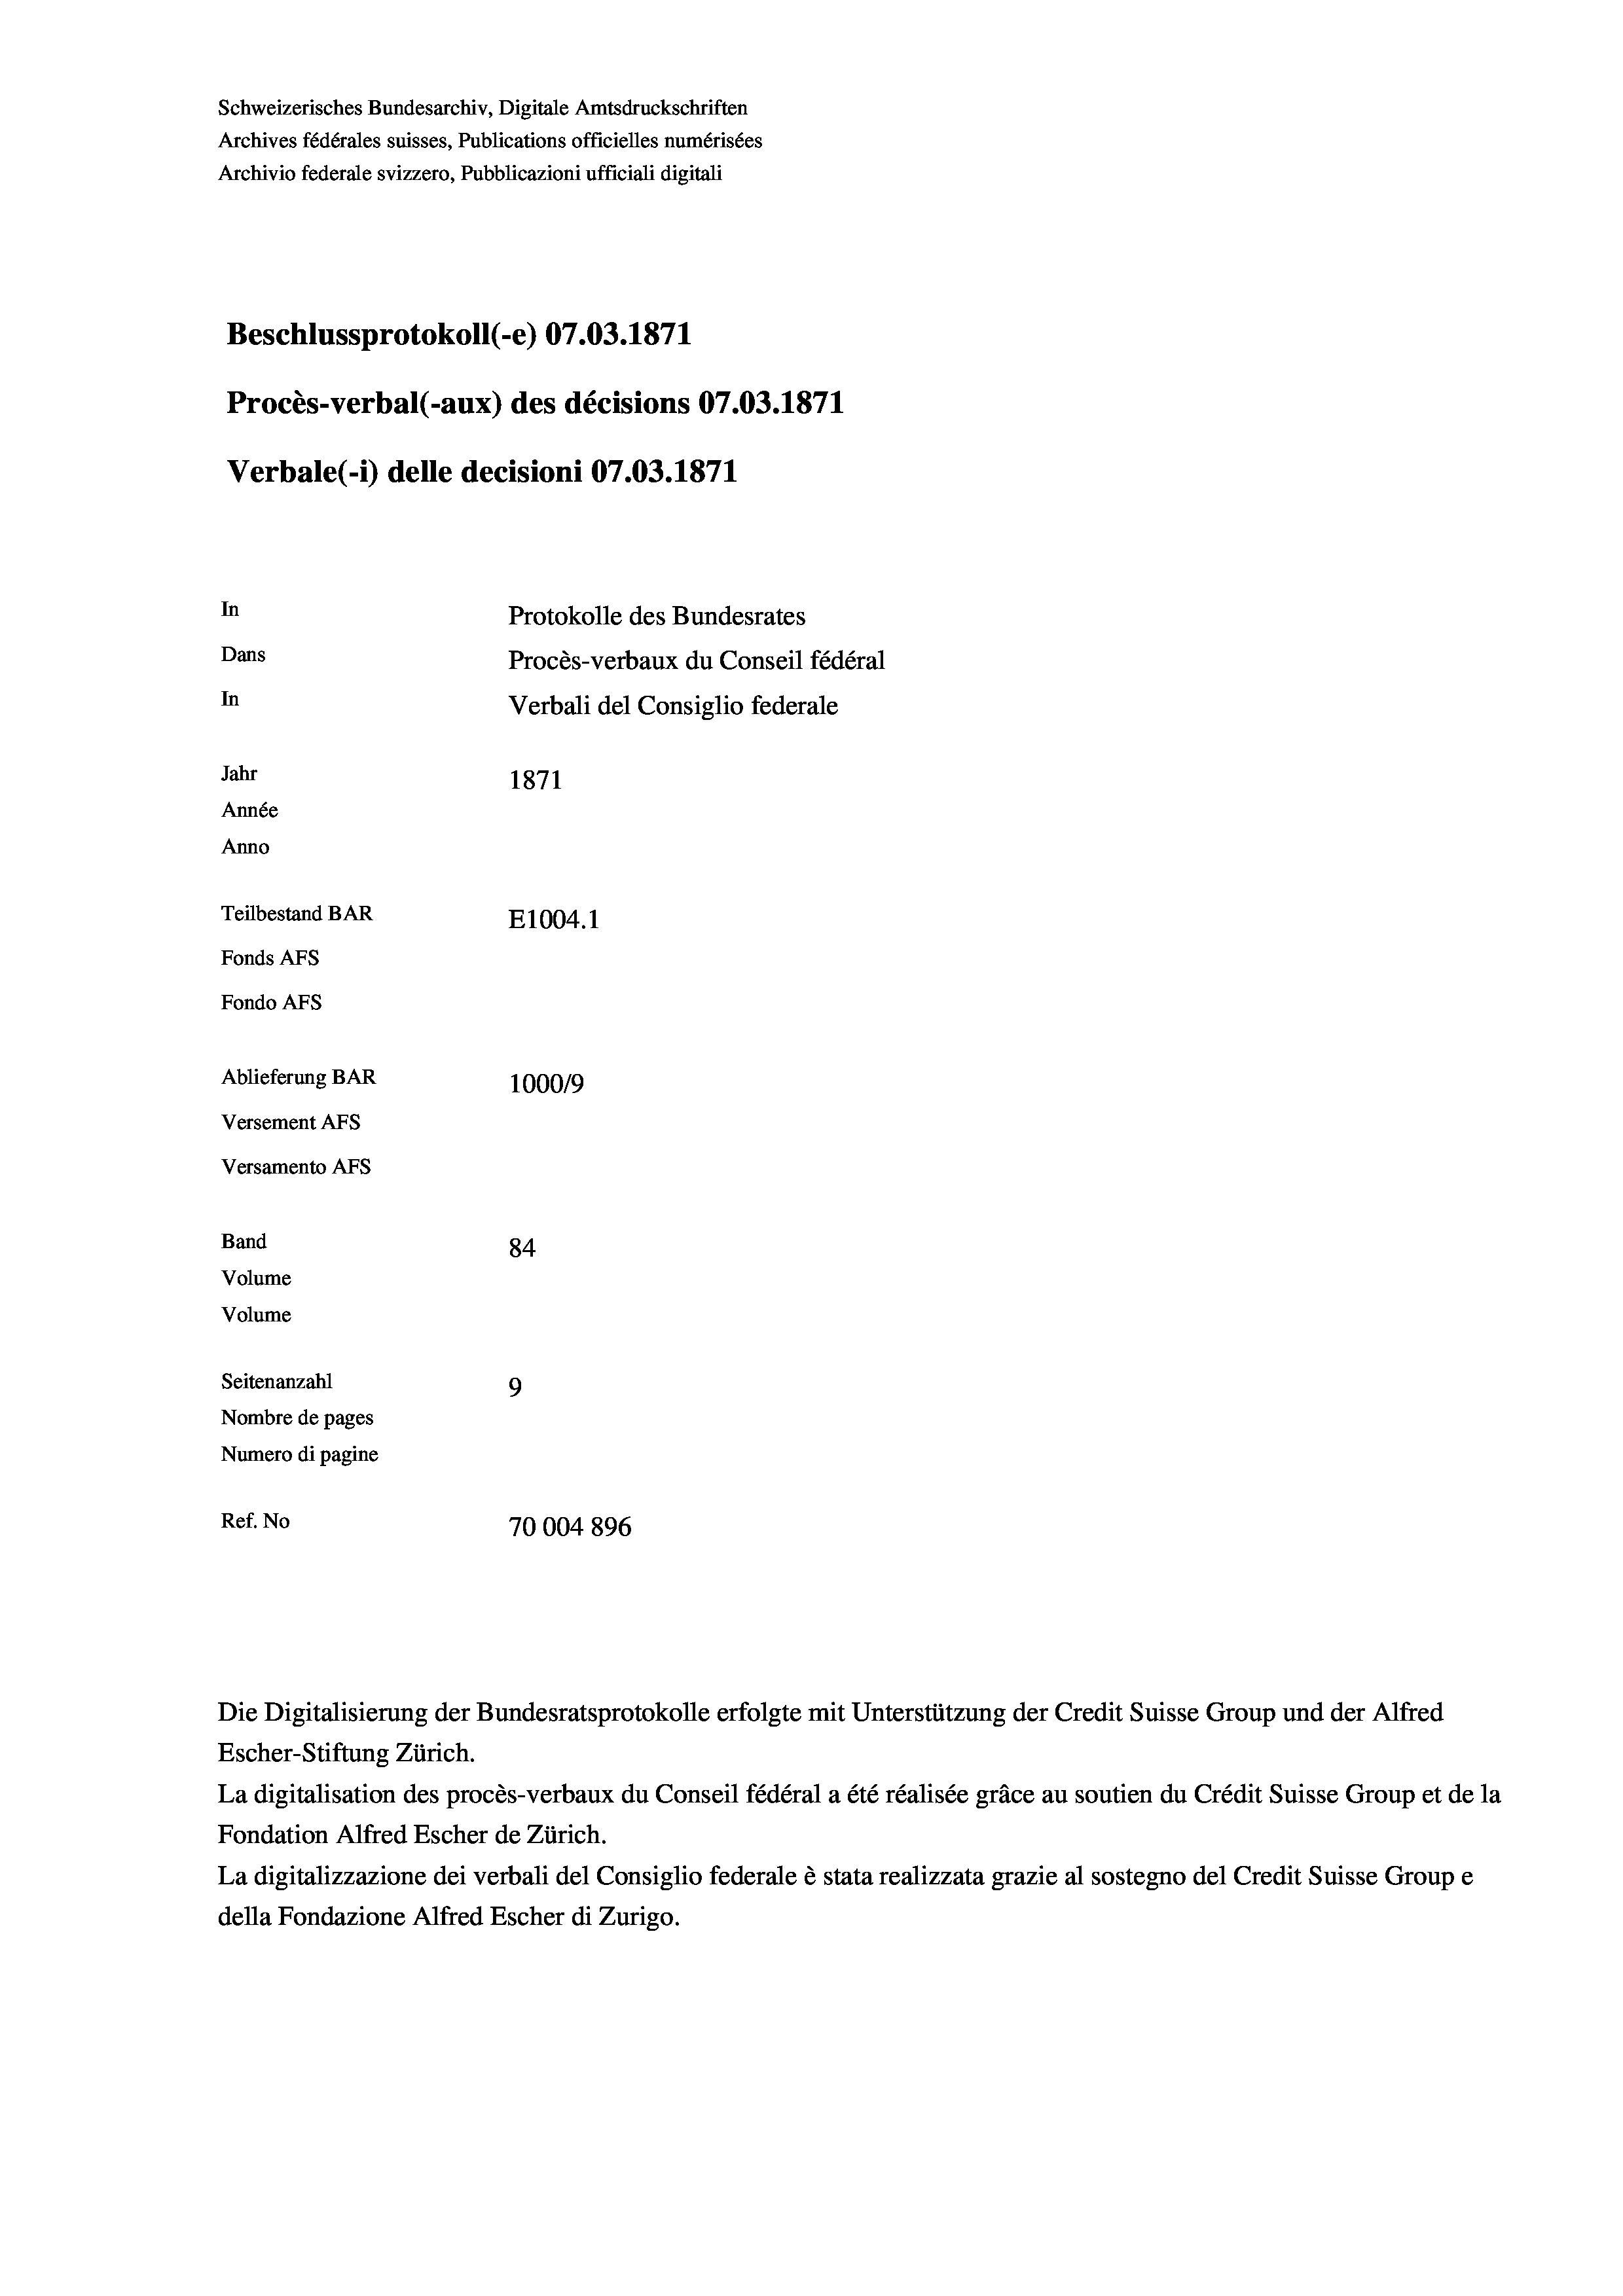
Schweizerisches Bundesarchiv, Digitale Amtsdruckschriften
Archives fédérales suisses, Publications officielles numérisées
Archivio federale svizzero, Pubblicazioni ufficiali digitali
Beschlussprotokoll (-e) 07.03. 1871
Procès-verbal (-aux) des décisions 07.03. 1871
Verbale (- 1) delle decisioni 07.03. 1871
In
Protokolle des Bundesrates
Dans
Procès-verbaux du Conseil fédéral
In
Verbali del Consiglio federale
Jahr
1871
Année
Anno
Teilbestand BAR
E1004. 1
Fonds AFs
Fondo AFs
Ablieferung BAR
1000/9
Versement Abs
Versamento Afs
Band
84
Volume
Volume
Seitenanzahl
9
Nombre de pages
Numero di pagine

Ref. No
70004896

La digitalisation des procès-verbaux du Conseil fédéral a été réalisée gräce au soutien du Crédit Suisse Group et de la
Fondation Alfred Escher de Zürich.
La digitalizzazione dei verbali del Consiglio federale è stata realizzata grazie al sostegno del Credit Suisse Groupe
della Fondazione Alfred Escher di Zurigo.

Escher-Stiftung Zürich.

Die Digitalisierung der Bundesratsprotokolle erfolgte mit Unterstützung der Credit Suisse Group und der Alfred